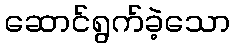
ဆောင်ရွက်ခဲ့သော